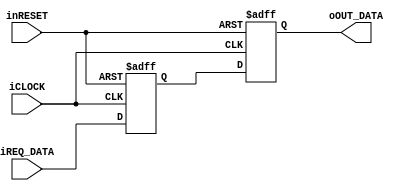

`default_nettype none

module gci_std_display_async_fifo_double_flipflop #(
		parameter N = 1
	)(
		input iCLOCK,
		input inRESET,
		//Input
		input [N-1:0] iREQ_DATA,
		//Output
		output [N-1:0] oOUT_DATA
	);
	
	reg [N-1:0] b_data0/* synthesis preserve = 1 */;		//Altera QuartusII Option
	reg [N-1:0] b_data1/* synthesis preserve = 1 */;		//Altera QuartusII Option
	always@(posedge iCLOCK or negedge inRESET)begin
		if(!inRESET)begin
			b_data0 <= {N{1'b0}};
			b_data1 <= {N{1'b0}};
		end
		else begin
			b_data0 <= iREQ_DATA;
			b_data1 <= b_data0;
		end
	end
	
	assign oOUT_DATA = b_data1;
	
endmodule

`default_nettype wire